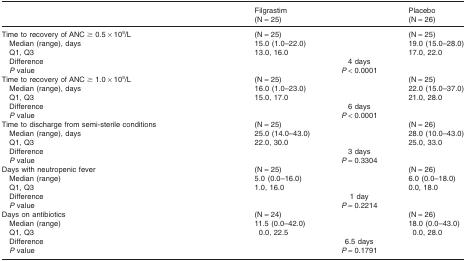
|  | Filgrastim (N = 25) |  | Placebo (N = 26) |
 | --- | --- | --- | --- |
 | Time to recovery of ANC ≥ 0.5 × 109/L | (N = 25) |  | (N = 25) |
 | Median (range), days | 15.0 (1.0–22.0) |  | 19.0 (15.0–28.0) |
 | Q1, Q3 | 13.0, 16.0 |  | 17.0, 22.0 |
 | Difference |  | 4 days |  |
 | P value |  | P < 0.0001 |  |
 | Time to recovery of ANC ≥ 1.0 × 109/L | (N = 25) |  | (N = 25) |
 | Median (range), days | 16.0 (1.0–23.0) |  | 22.0 (15.0–37.0) |
 | Q1, Q3 | 15.0, 17.0 |  | 21.0, 28.0 |
 | Difference |  | 6 days |  |
 | P value |  | P < 0.0001 |  |
 | Time to discharge from semi-sterile conditions | (N = 25) |  | (N = 26) |
 | Median (range), days | 25.0 (14.0–43.0) |  | 28.0 (10.0–43.0) |
 | Q1, Q3 | 22.0, 30.0 |  | 25.0, 33.0 |
 | Difference |  | 3 days |  |
 | P value |  | P = 0.3304 |  |
 | Days with neutropenic fever | (N = 25) |  | (N = 26) |
 | Median (range) | 5.0 (0.0–16.0) |  | 6.0 (0.0–18.0) |
 | Q1, Q3 | 1.0, 16.0 |  | 0.0, 18.0 |
 | Difference |  | 1 day |  |
 | P value |  | P = 0.2214 |  |
 | Days on antibiotics | (N = 24) |  | (N = 26) |
 | Median (range) | 11.5 (0.0–42.0) |  | 18.0 (0.0–43.0) |
 | Q1, Q3 | 0.0, 22.5 |  | 0.0, 28.0 |
 | Difference |  | 6.5 days |  |
 | P value |  | P = 0.1791 |  |